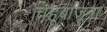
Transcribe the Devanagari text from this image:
चहूबाजूंना